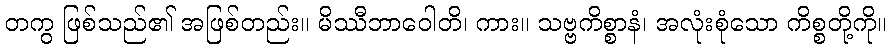
တကွ ဖြစ်သည်၏ အဖြစ်တည်း။ မိဿီဘာဝေါတိ၊ ကား။ သဗ္ဗကိစ္စာနံ၊ အလုံးစုံသော ကိစ္စတို့ကို။